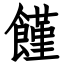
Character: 饉